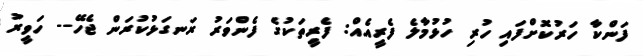
ފަންކާ ހަރުކޮށްފައި ހުރި ހުޅުމާލެ ފެރީއެއް: ފެރީތަކުގެ ފެންވަރު ރަނގަޅުކުރަން ޖެހޭ-- ހަވީރު